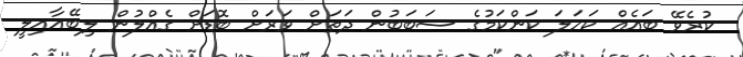
ކުރެވޭ ބައެއް ކަހަަލަ ކަންކަމުގެ ސަބަބުން ދަތަށް ވަރަށް ބޮޑަށް ގެއްލުން ލިބޭއާއިލީ